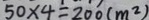
5 0 \times 4 = 2 0 0 ( m ^ { 2 } )